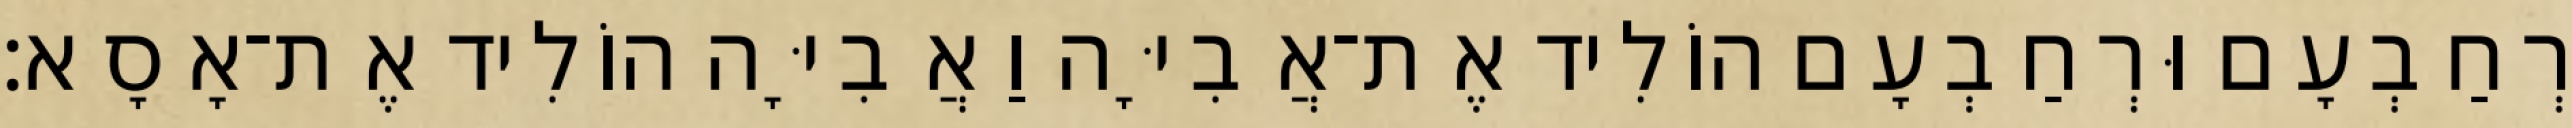
רְחַבְעָם וּרְחַבְעָם הוֹלִיד אֶת־אֲבִיָּה וַאֲבִיָּה הוֹלִיד אֶת־אָסָא׃